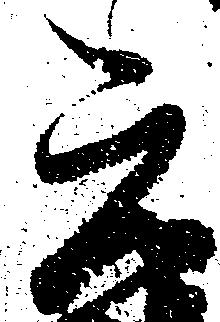
元